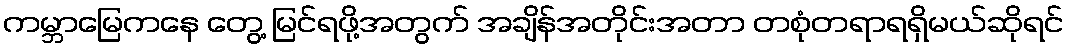
ကမ္ဘာမြေကနေ တွေ့ မြင်ရဖို့အတွက် အချိန်အတိုင်းအတာ တစုံတရာရရှိမယ်ဆိုရင်